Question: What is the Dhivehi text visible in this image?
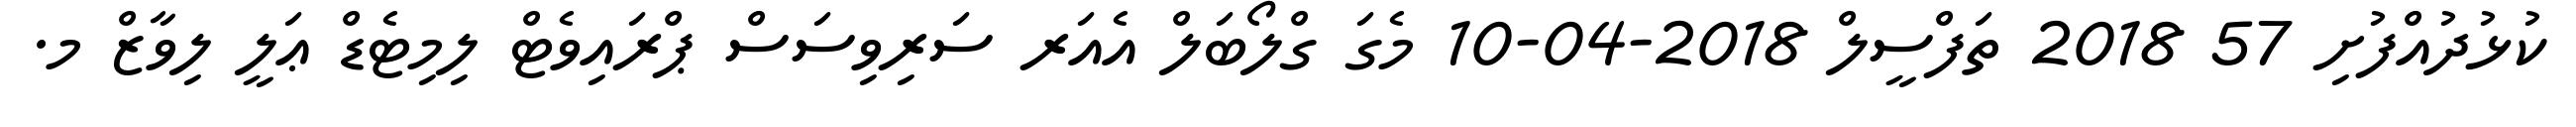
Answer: ކުޅުދުއްފުށި 57 2018 ތަފްސީލް 2018-04-10 މެގަ ގްލޯބަލް އެއަރ ސަރިވިސަސް ޕްރައިވެޓް ލިމިޓެޑް ޢަލީ ލިވާޒް މ.